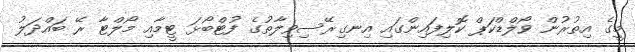
މީގެ އިތުރުން ވޯލްޑްކަޕް ކޮލިފައިންގައި އިނގިރޭސިވިލާތުގެ ފުޓްބޯޅަ ޓީމާއި މޯލްޓާ ރޭ ބައްދަލު